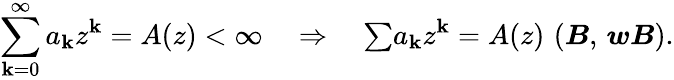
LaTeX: \sum_{\mathbf{k}=0}^{\infty}a_{\mathbf{k}}z^{\mathbf{k}}=A(z)<\infty\quad\Rightarrow\quad{\textstyle\sum}a_{\mathbf{k}}z^{\mathbf{k}}=A(z)\, \, (\boldsymbol{B},\, \boldsymbol{wB}).